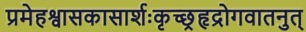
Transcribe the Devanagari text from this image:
प्रमेहश्वासकासार्शःकृच्छ्रहृद्रोगवातनुत्